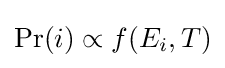
{\textstyle \Pr(i)\propto f(E_{i},T)}